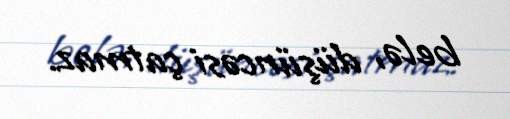
belə, düşüncəsi çatmaz.